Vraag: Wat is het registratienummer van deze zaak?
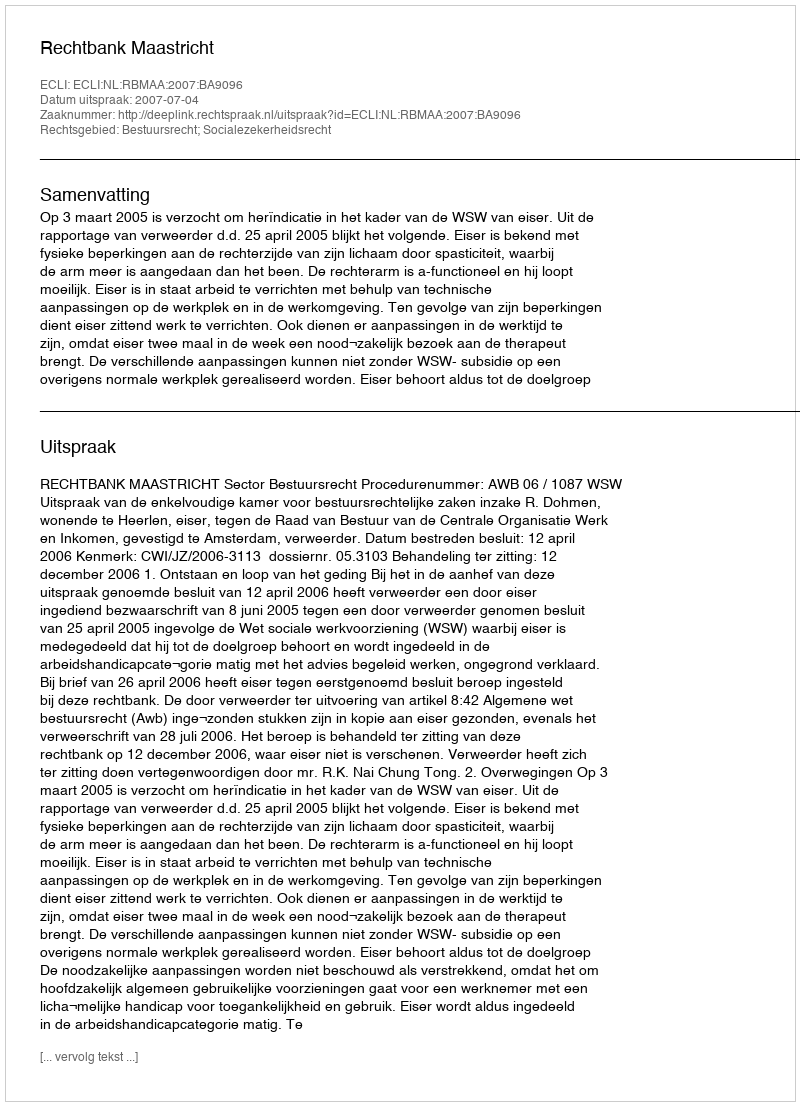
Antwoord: http://deeplink.rechtspraak.nl/uitspraak?id=ECLI:NL:RBMAA:2007:BA9096